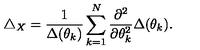
\triangle _ { X } = \frac { 1 } { \Delta ( \theta _ { k } ) } \sum _ { k = 1 } ^ { N } \frac { \partial ^ { 2 } } { \partial \theta _ { k } ^ { 2 } } \Delta ( \theta _ { k } ) .